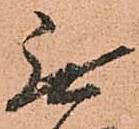
無